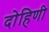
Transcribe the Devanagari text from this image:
दोहिणी